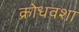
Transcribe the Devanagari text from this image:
क्रोधवशा